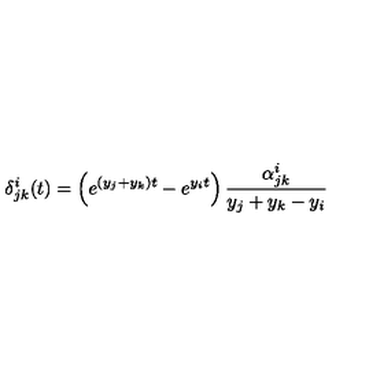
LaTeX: \delta _ { j k } ^ { i } ( t ) = \left( e ^ { ( y _ { j } + y _ { k } ) t } - e ^ { y _ { i } t } \right) \frac { \alpha _ { j k } ^ { i } } { y _ { j } + y _ { k } - y _ { i } }